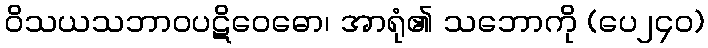
ဝိသယသဘာဝပဋိဝေဓော၊ အာရုံ၏ သဘောကို (ပေ၂၄၀)